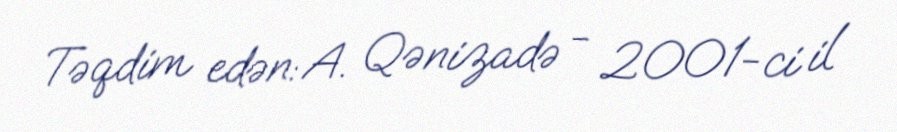
Təqdim edən: A. Qənizadə - 2001-ci il